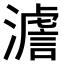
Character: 𤀃